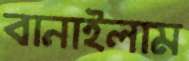
বানাইলাম